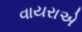
વાયરાએ